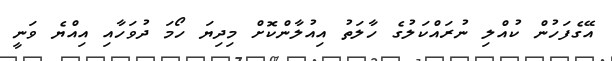
އޭގެފަހުން ކުއްލި ނުރައްކަލުގެ ހާލަތު އިއުލާންކޮށް މިދިޔަ ހޯމަ ދުވަހާއި އިއްޔެ ވަނީ